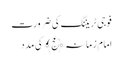
فوجی ٹریننگ کی ضرورت
امام زمانہ﴿عج﴾ کی مدد